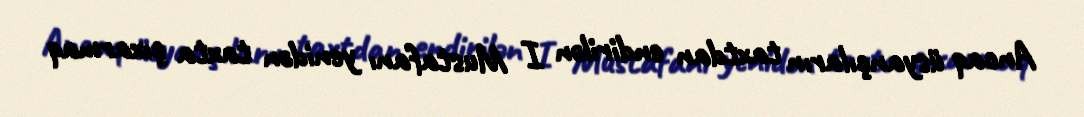
Ancaq üsyançıların taxtdan endirilən I Mustafanı yenidən taxta çıxarmaq